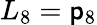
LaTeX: L_{8}=\mathsf{p}_{8}